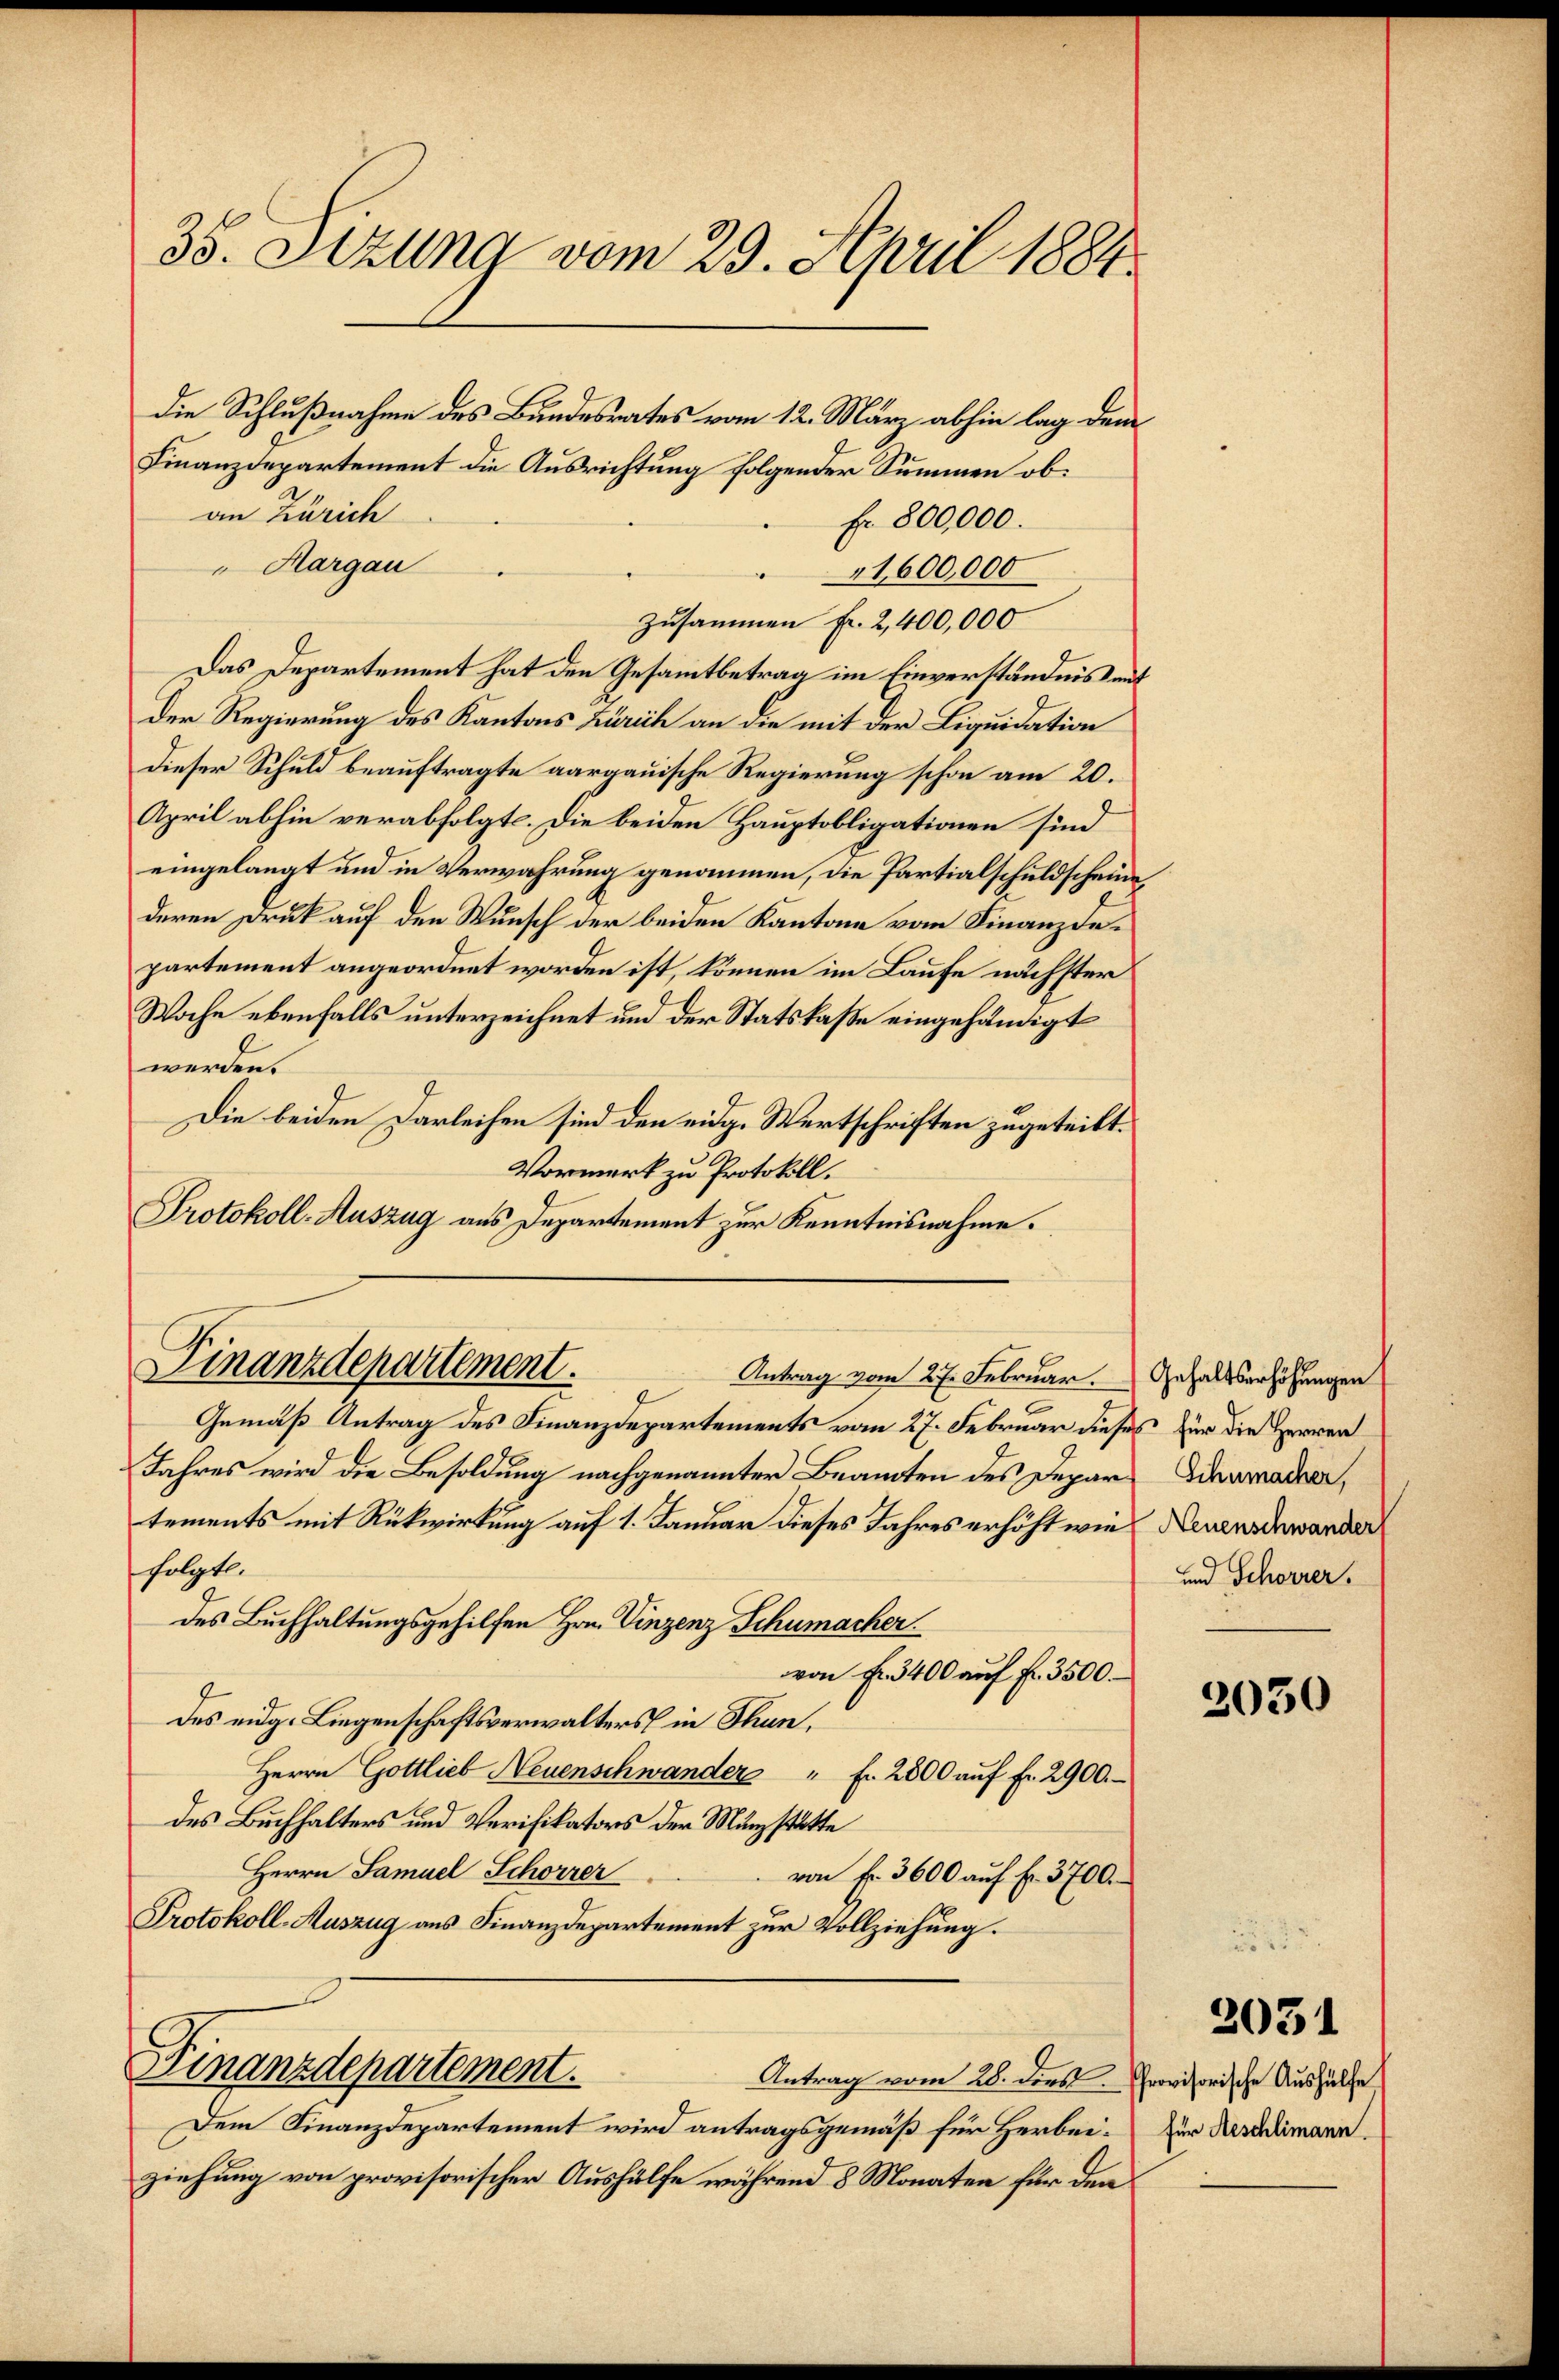
35. Sizung vom 29. April 1884.

die Schlußnahme des Bundesrates vom 12. März abhin lag dem
Finanzdepartement die Ausrichtung folgender Summen ob:
an Zürich
Fr. 800,000.
"Margau
1,600,000
zusammen Fr. 2,400,000
Das Departement hat den Gesammtbetrag im Einverständnis mit
Der Regierung des Kantons Zürich an die mit der Liquidation
dieser Schuld beauftragte aargauische Regierung schon am 20.
April abhin verabfolgt. Die beiden Hauptobligationen sind
eingelangt und in Verwahrung genommen, die Partialschuldscheine
deren Druck auf den Wunsch der beiden Kantone vom Finanzdepartement angeordnet worden ist, können im Laufe nächster
Woche ebenfalls unterzeichnet und der Statskaße eingehändigt
werden.
Die beiden Darleihen sind den eidg. Wertschriften zugeteilt.
Vormerk zu Protokoll.
Protokoll-Auszug aus Departement zur Kenntnisnahme.

Finanzdepartement.
Antrag vom 27. Februar. Gehaltserhöhungen

Gemäß Antrag des Finanzdepartements vom 27. Februar dieses für die Herren
Jahres wird die Besoldung nachgenannter Beamten des Depar- Diamadier,
tements mit Rückwirkung auf 1. Januar dieses Jahres erhöht wie Neuenschwander
folgte.
des Buchhaltungsgehilfen Hrn. Vinzenz Schumacher.
von Fr. 3400 auf Fr. 3500.
des eidg. Liegenschaftsverwalters in Thun,
Herrn Gottlieb Neuenschwander " fr. 2800 aŭf fr. 2900.
des Buchhalters und Verifikators der Münzstätte
Herrn Samuel Schorrer
von Fr. 3600 auf Fr. 3700.
Protokoll-Auszug aus Finanzdepartement zur Vollziehung.

Finanzdepartement.
Antrag vom 28. dies Provisorische Aushülfe

und Schorrer.

Dem Finanzdepartement wird antragsgemäß für Herbei. Zur Beschlimann
ziehung von provisorischer Aushülfe während 8 Monaten für den

2030

2031